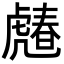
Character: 𧇶